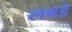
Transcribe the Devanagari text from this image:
लबडे